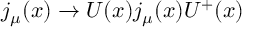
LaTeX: j _ { \mu } ( x ) \rightarrow U ( x ) j _ { \mu } ( x ) U ^ { + } ( x )